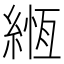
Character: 緪